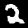
Label: 2